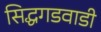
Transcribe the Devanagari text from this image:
सिद्धगडवाडी